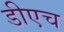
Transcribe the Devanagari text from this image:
डीएच